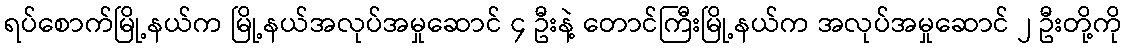
ရပ်စောက်မြို့နယ်က မြို့နယ်အလုပ်အမှုဆောင် ၄ ဦးနဲ့ တောင်ကြီးမြို့နယ်က အလုပ်အမှုဆောင် ၂ ဦးတို့ကို